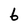
Character: 6